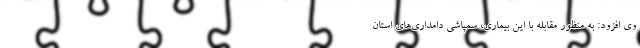
وی افزود: به منظور مقابله با این بیماری، سمپاشی دامداری‌های استان